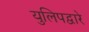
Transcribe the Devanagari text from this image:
युलिपद्वारे